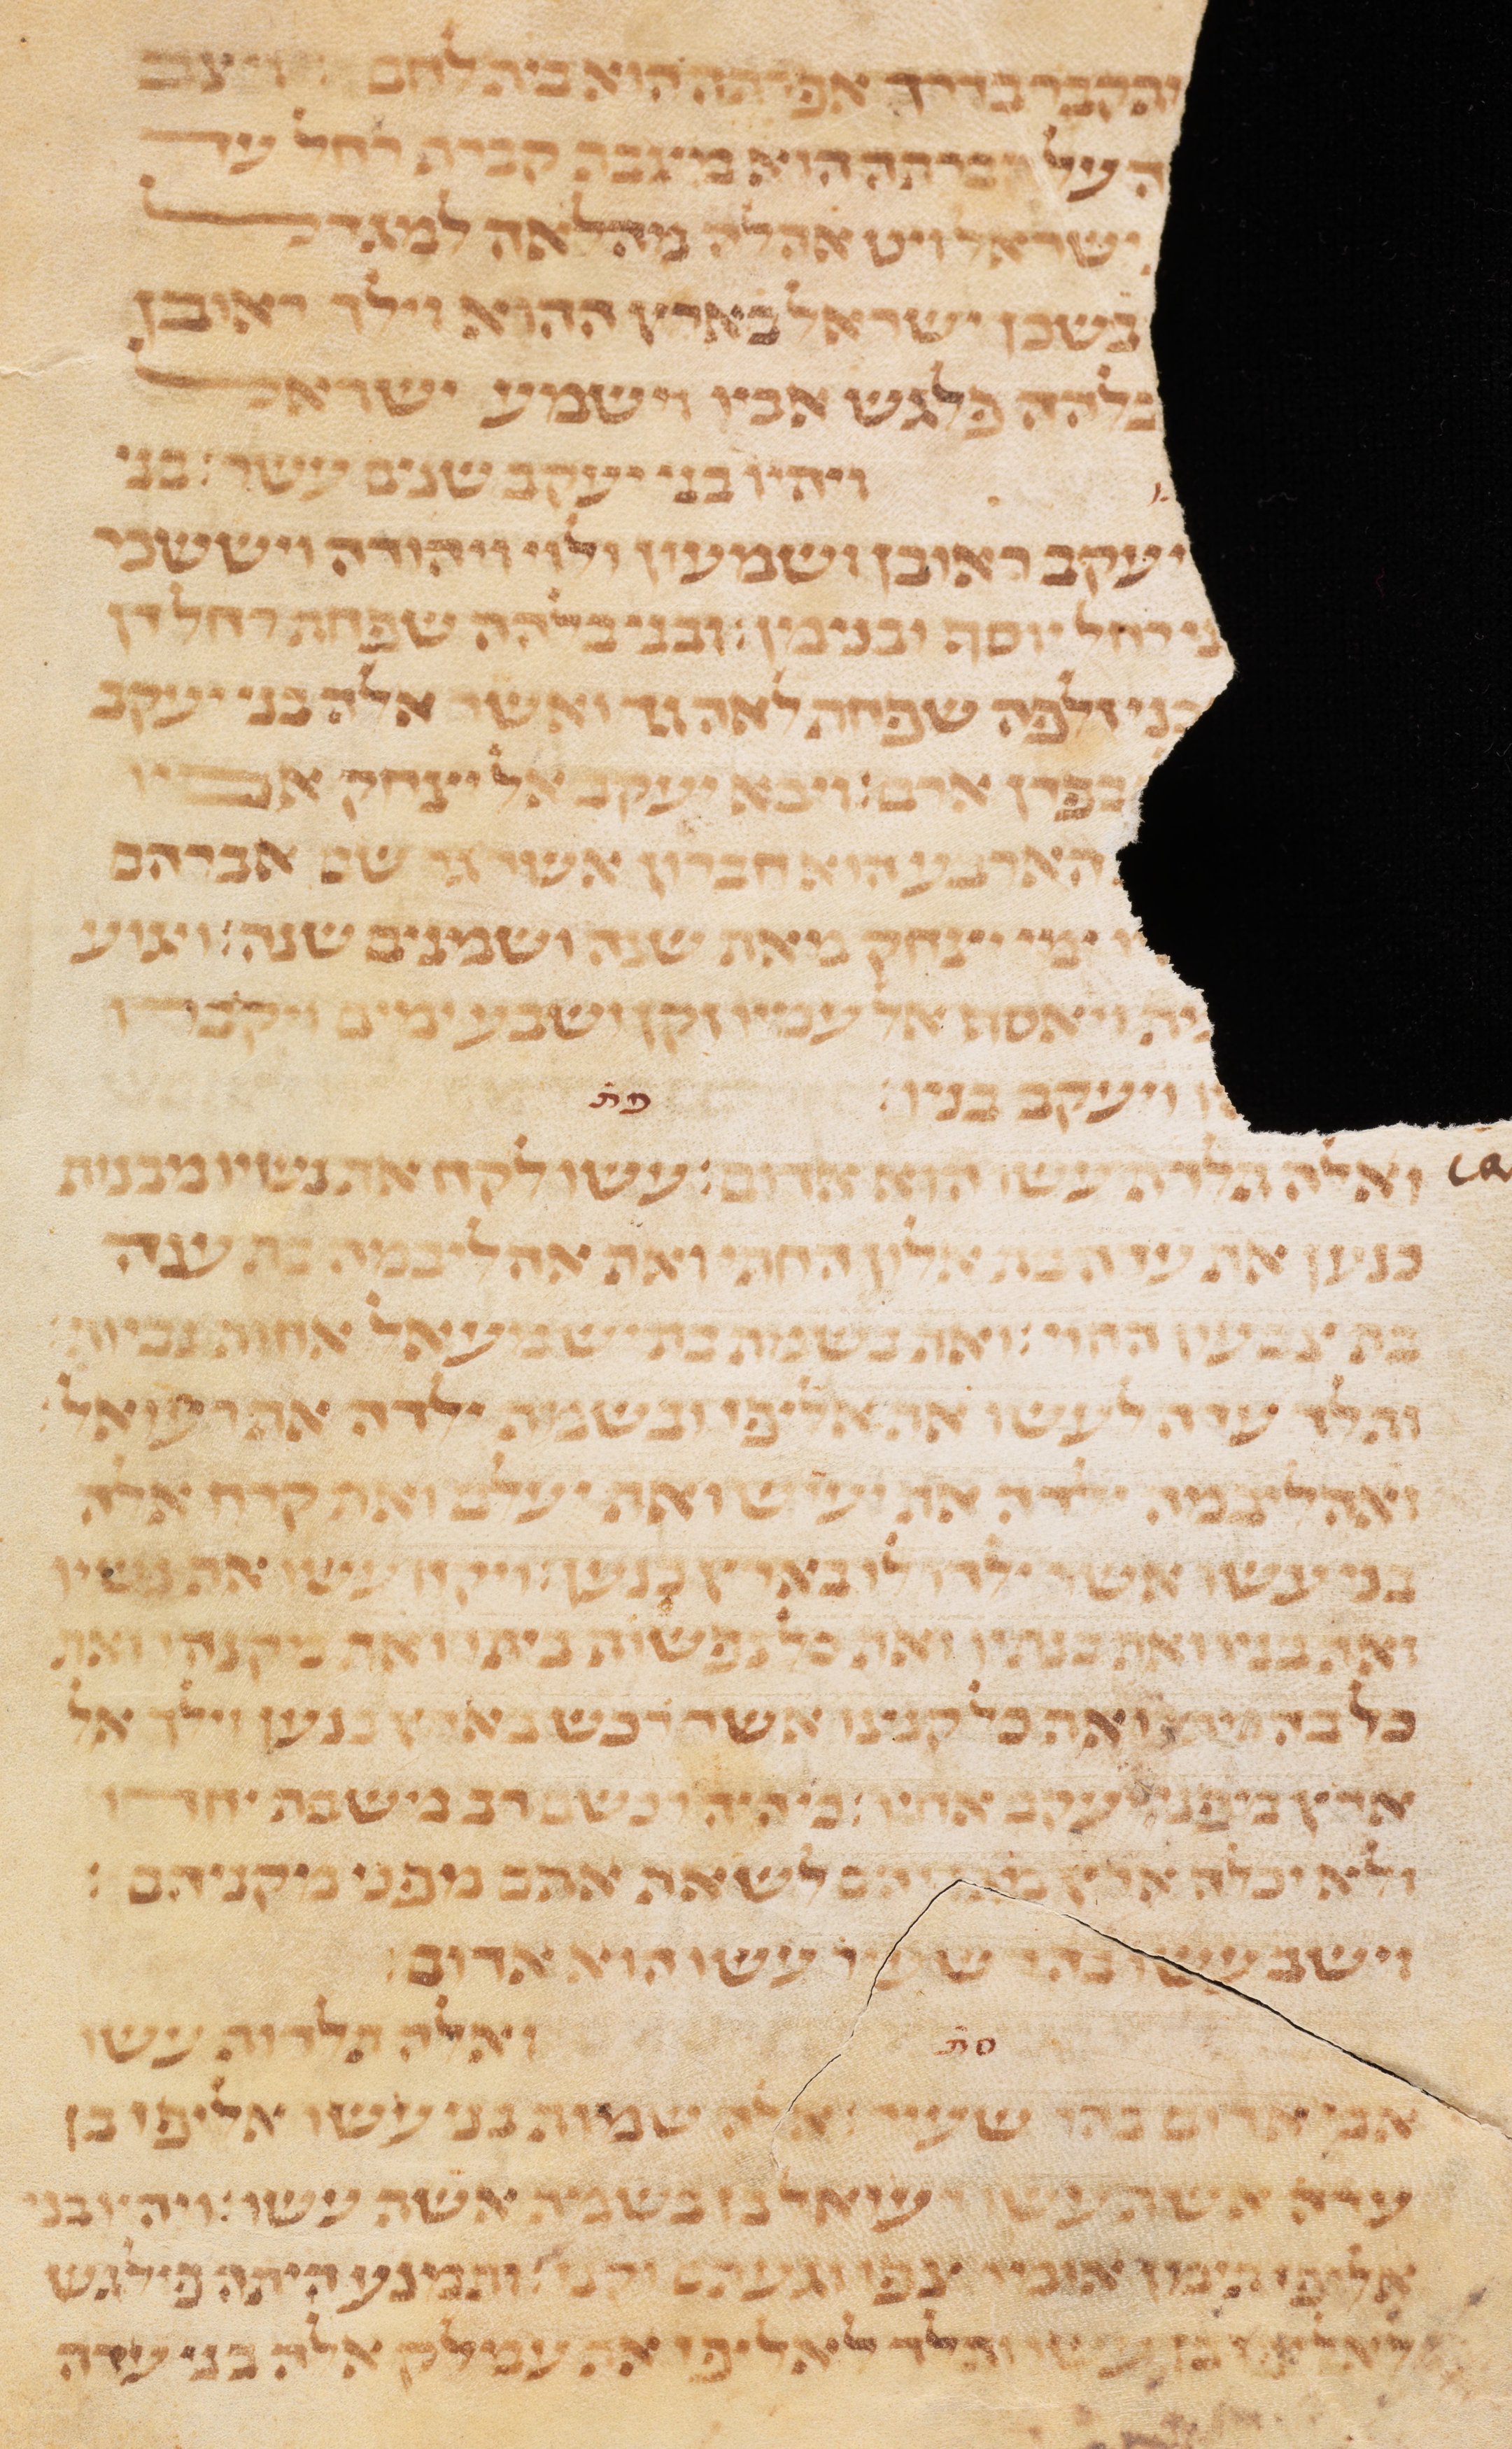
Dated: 1235–1255